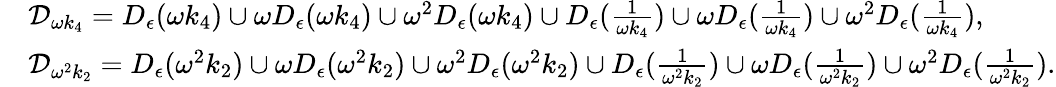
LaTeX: \begin{array}{rl}&{\mathcal{D}_{\omega k_{4}}=D_{\epsilon}(\omega k_{4})\cup\omega D_{\epsilon}(\omega k_{4})\cup\omega^{2}D_{\epsilon}(\omega k_{4})\cup D_{\epsilon}(\frac{1}{\omega k_{4}})\cup\omega D_{\epsilon}(\frac{1}{\omega k_{4}})\cup\omega^{2}D_{\epsilon}(\frac{1}{\omega k_{4}}),}\\ &{\mathcal{D}_{\omega^{2}k_{2}}=D_{\epsilon}(\omega^{2}k_{2})\cup\omega D_{\epsilon}(\omega^{2}k_{2})\cup\omega^{2}D_{\epsilon}(\omega^{2}k_{2})\cup D_{\epsilon}(\frac{1}{\omega^{2}k_{2}})\cup\omega D_{\epsilon}(\frac{1}{\omega^{2}k_{2}})\cup\omega^{2}D_{\epsilon}(\frac{1}{\omega^{2}k_{2}}).}\end{array}